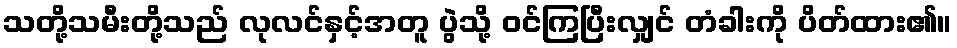
သတို့သမီးတို့သည် လုလင်နှင့်အတူ ပွဲသို့ ဝင်ကြပြီးလျှင် တံခါးကို ပိတ်ထား၏။